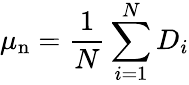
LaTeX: \mu_{\mathrm{n}}=\frac{1}{N}\sum_{i=1}^{N}D_{i}